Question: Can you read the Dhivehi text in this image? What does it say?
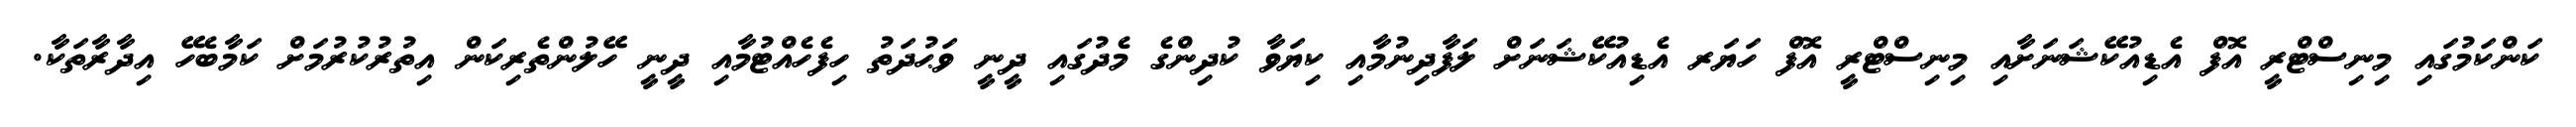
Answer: ކަންކަމުގައި މިނިސްޓްރީ އޮފް އެޑިއުކޭޝަނަށާއި މިނިސްޓްރީ އޮފް ހަޔަރ އެޑިއުކޭޝަނަށް ލަފާދިނުމާއި ކިޔަވާ ކުދިންގެ މެދުގައި ދީނީ ވަޙުދަތު ހިފެހެއްޓުމާއި ދީނީ ހޭލުންތެރިކަން އިތުރުކުރުމަށް ކަމާބެހޭ އިދާރާތަކާ.